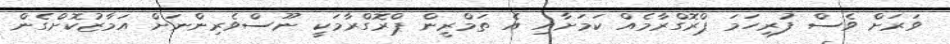
ވަރަށް ވެސް ފުރިހަމަ ޕްރޮގްރާމެއް ކަމަށާއި އެ ތަމްރީން ޕްރޮގްރާމަކީ ނޫސްވެރިންނަށް އަމާޒުކޮށްގެން